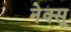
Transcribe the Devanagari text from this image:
नेक्सू